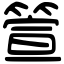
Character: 箮